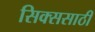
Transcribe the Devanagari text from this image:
सिक्ससाठी